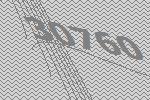
30760